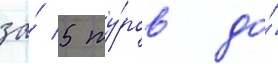
за́ 5 ту́ров до́